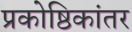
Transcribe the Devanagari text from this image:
प्रकोष्ठिकांतर